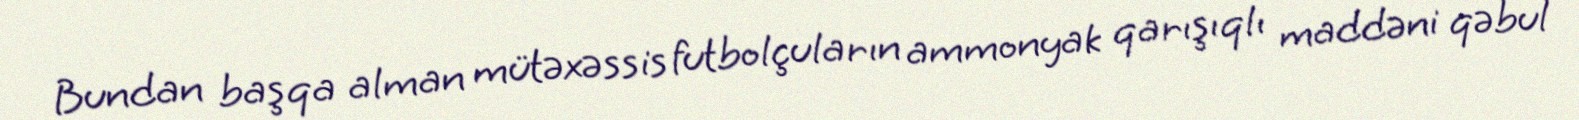
Bundan başqa alman mütəxəssis futbolçuların ammonyak qarışıqlı maddəni qəbul